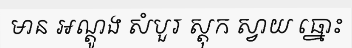
មាន អណ្តូង សំបួរ ស្តុក ស្វាយ ធ្នោះ